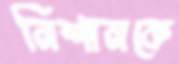
নিশানকে